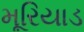
મૂરિયાડ